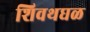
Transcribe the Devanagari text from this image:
शिवथघळ